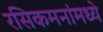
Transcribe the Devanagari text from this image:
रसिकमनांमध्ये